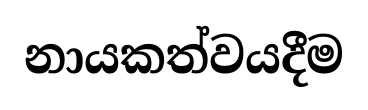
නායකත්වයදීම